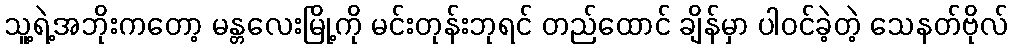
သူ့ရဲ့အဘိုးကတော့ မန္တလေးမြို့ကို မင်းတုန်းဘုရင် တည်ထောင် ချိန်မှာ ပါဝင်ခဲ့တဲ့ သေနတ်ဗိုလ်